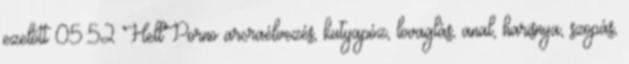
ezelőtt 05:52 HellPorno arcraélvezés, kutyapóz, lovaglás, anal, harisnya, szopás,